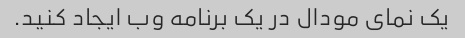
یک نمای مودال در یک برنامه وب ایجاد کنید.